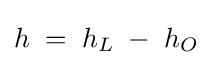
h\;=\;h_{L}\;-\;h_{O}